Mental hospitals Bombay report 1929-33 - 1929-1933
Year: 1929
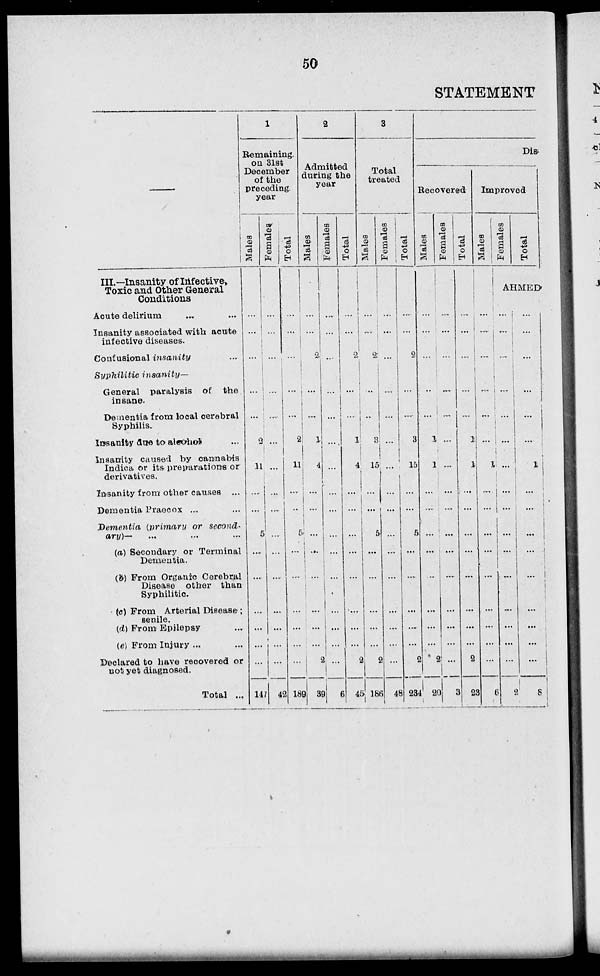
50
STATEMENT
—
III.—Insanity of Infective,
Toxic and Other General
Conditions
Acute delirium ... ...
Insanity associated with acute
infective diseases.
Confusional insanity ...
Syphilitic
insanity—
General paralysis of the
insane.
Dementia from local cerebral
Syphilis.
Insanity due to alcohol
Insanity caused by cannabis
Indica or its preparations or
derivatives.
Insanity from other causes ...
Dementia Praecox ...
Dementia (primary or second-
ary)—
(a) Secondary or Terminal
Dementia.
(b) From Organic Cerebral
Disease other than
Syphilitic.
(c) From Arterial Disease;
senile.
(d) From Epilepsy
(e) From Injury ...
Declared to have recovered or
not yet diagnosed.
Total ...
1
Remaining.
on 31st
December
of the
preceding
year
Males
...
...
...
...
...
...
2
11
...
...
5
...
...
...
...
...
147
Females
...
...
...
...
...
...
...
...
...
...
...
...
...
...
...
...
42
Total
...
...
...
...
...
...
2
11
...
...
5
...
...
...
...
189
2
Admitted
luring the
year
Males
...
...
2
...
...
...
1
4
...
...
...
...
...
...
...
2
39
Femals
...
...
...
...
...
...
...
...
...
...
...
...
...
...
...
...
6
Total
...
...
2
...
...
...
1
4
...
...
...
...
...
...
...
2
45
3
Total
treated
Males
...
...
2
...
...
...
3
15
...
...
5
...
...
...
...
2
186
Females
...
...
...
...
...
...
...
...
...
...
...
...
...
...
...
...
48
Total
..
...
2
...
...
...
3
15
...
...
5
...
...
...
...
2
234
Dis
Recovered
Males
...
...
...
...
...
...
1
1
...
...
...
...
...
...
...
2
20
Females
...
...
...
...
...
...
...
...
...
...
...
...
...
...
...
...
3
Total
...
...
...
...
...
...
1
1
...
...
...
...
...
...
...
2
23
Improved
Males
...
...
...
...
...
...
...
1
...
...
...
...
...
...
...
...
6
Females
Total
AHMED
...
...
...
...
...
...
...
...
...
...
...
...
...
...
...
...
2
...
...
...
...
...
...
...
1
...
...
...
...
...
...
...
...
8